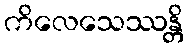
ကိလေသေဿန္တိ